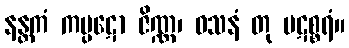
နန္တကံ ကပ္ပဋော ဇိဏ္ဏ၊ ဝသနံ တု ပဋစ္စရံ။